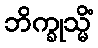
ဘိက္ခုသ္မိံ